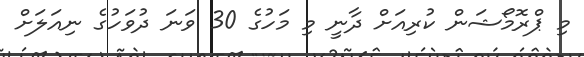
މި ޕްރޮމޯޝަން ކުރިއަށް ދާނީ މި މަހުގެ 30 ވަނަ ދުވަހުގެ ނިއަލަށް